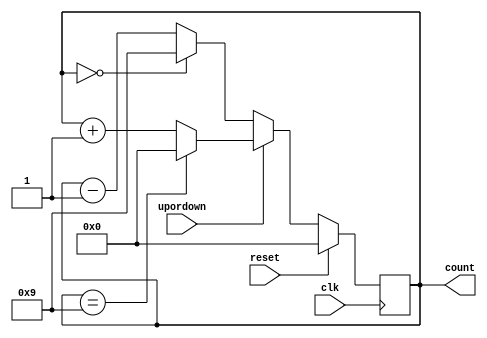
module modN_counter 
  # (parameter N = 10,
     parameter WIDTH = 4)
  
  ( input   clk,
    input   reset,
	input upordown,
   	output  reg[WIDTH-1:0] count);
 
  always @ (posedge clk )
  begin
    if (reset==1)
     count <= 0;
    
	else 
	if(upordown==1)      //Up Mode is selected
             if (count == N-1) 
       count <= 0;
		     else
		count<=count+1;  //increment counter
		
	else                //Down Mode is selected
	  if(count==0)
	count<=N-1;
	   else
	   count<=count-1;    //Decrement the counter
	
	
		

 
  end
endmodule